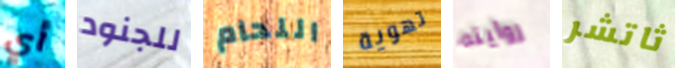
أي للجنود اللحام تهوية روايته ثاتشر